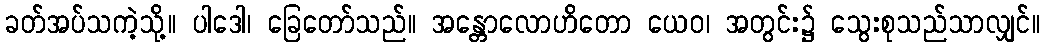
ခတ်အပ်သကဲ့သို့။ ပါဒေါ၊ ခြေတော်သည်။ အန္တောလောဟိတော ယေဝ၊ အတွင်း၌ သွေးစုသည်သာလျှင်။